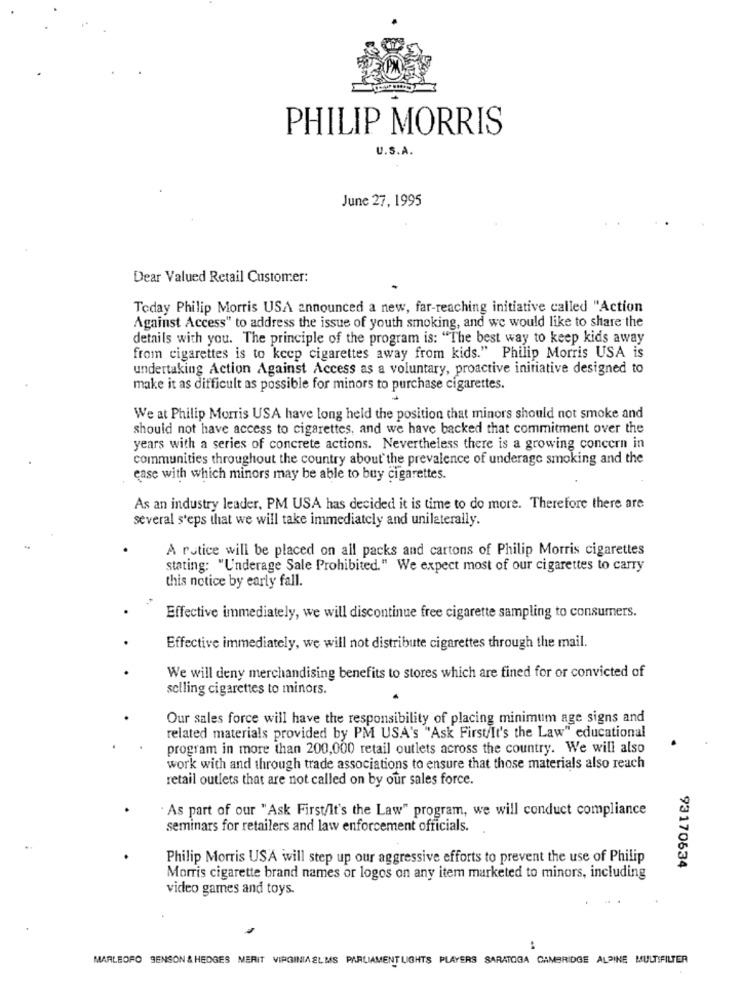
PHILIP MORRIS
U.S.A.
June 27, 1995
Dear Valued Retail Customer:
Today Philip Morris USA announced a new, far-reaching initiative called "Action
Against Access" to address the issue of youth smoking, and we would like to share the
details with you. The principle of the program is: "The best way to keep kids away
from cigarettes is to keep cigarettes away from kids." Philip Morris USA is
undertaking Action Against Access as a voluntary, proactive initiative designed to
make it as difficult as possible for minors to purchase cigarettes.
We at Philip Morris USA have long held the position that minors should not smoke and
should not have access to cigarettes, and we have backed that commitment over the
years with a series of concrete actions. Nevertheless there is a growing concern in
communities throughout the country about the prevalence of underage smoking and the
case with which minors may be able to buy cigarettes.
As an industry leader, PM USA has decided it is time to do more. Therefore there are
several s'eps that we will take immediately and unilaterally.
A rutice will be placed on all packs and cartons of Philip Morris cigarettes
stating: "Underage Sale Prohibited." We expect most of our cigarettes to carry
this notice by early fall.
Effective immediately, we will discontinue free cigarette sampling to consumers.
Effective immediately, we will not distribute cigarettes through the mail.
We will deny merchandising benefits to stores which are fined for or convicted of
selling cigarettes to minors.
Our sales force will have the responsibility of placing minimum age signs and
related materials provided by PM USA's "Ask First/It's the Law" educational
program in more than 200,000 retail outlets across the country. We will also
work with and through trade associations to ensure that those materials also reach
retail outlets that are not called on by our sales force.
As part of our "Ask First/It's the Law" program, we will conduct compliance
seminars for retailers and law enforcement officials.
Philip Morris USA will step up our aggressive efforts to prevent the use of Philip
93170634
Morris cigarette brand names or logos on any item marketed to minors, including
video games and toys.
MARLBORO SENSON & HEDGES MERIT VIRGINIAELMS PARLIAMENT LIGHTS PLAYERS SARATOGA CAMBRIDGE ALPINE MULTIFILTER